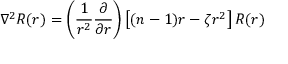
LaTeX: \nabla ^ { 2 } R ( r ) = \left( { \frac { 1 } { r ^ { 2 } } } { \frac { \partial } { \partial r } } \right) \left[ ( n - 1 ) r - \zeta r ^ { 2 } \right] R ( r )